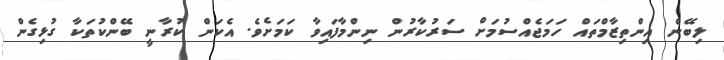
ލިބޭނެ އިންތިޒާމްތައް ހަމަޖެއްސުމަށް ސަރުކާރުން ނިންމާފައިވާ ކަމަށެވެ. އެކަން ކުރާނީ ބޭންކުތަކާ ގުޅިގެން